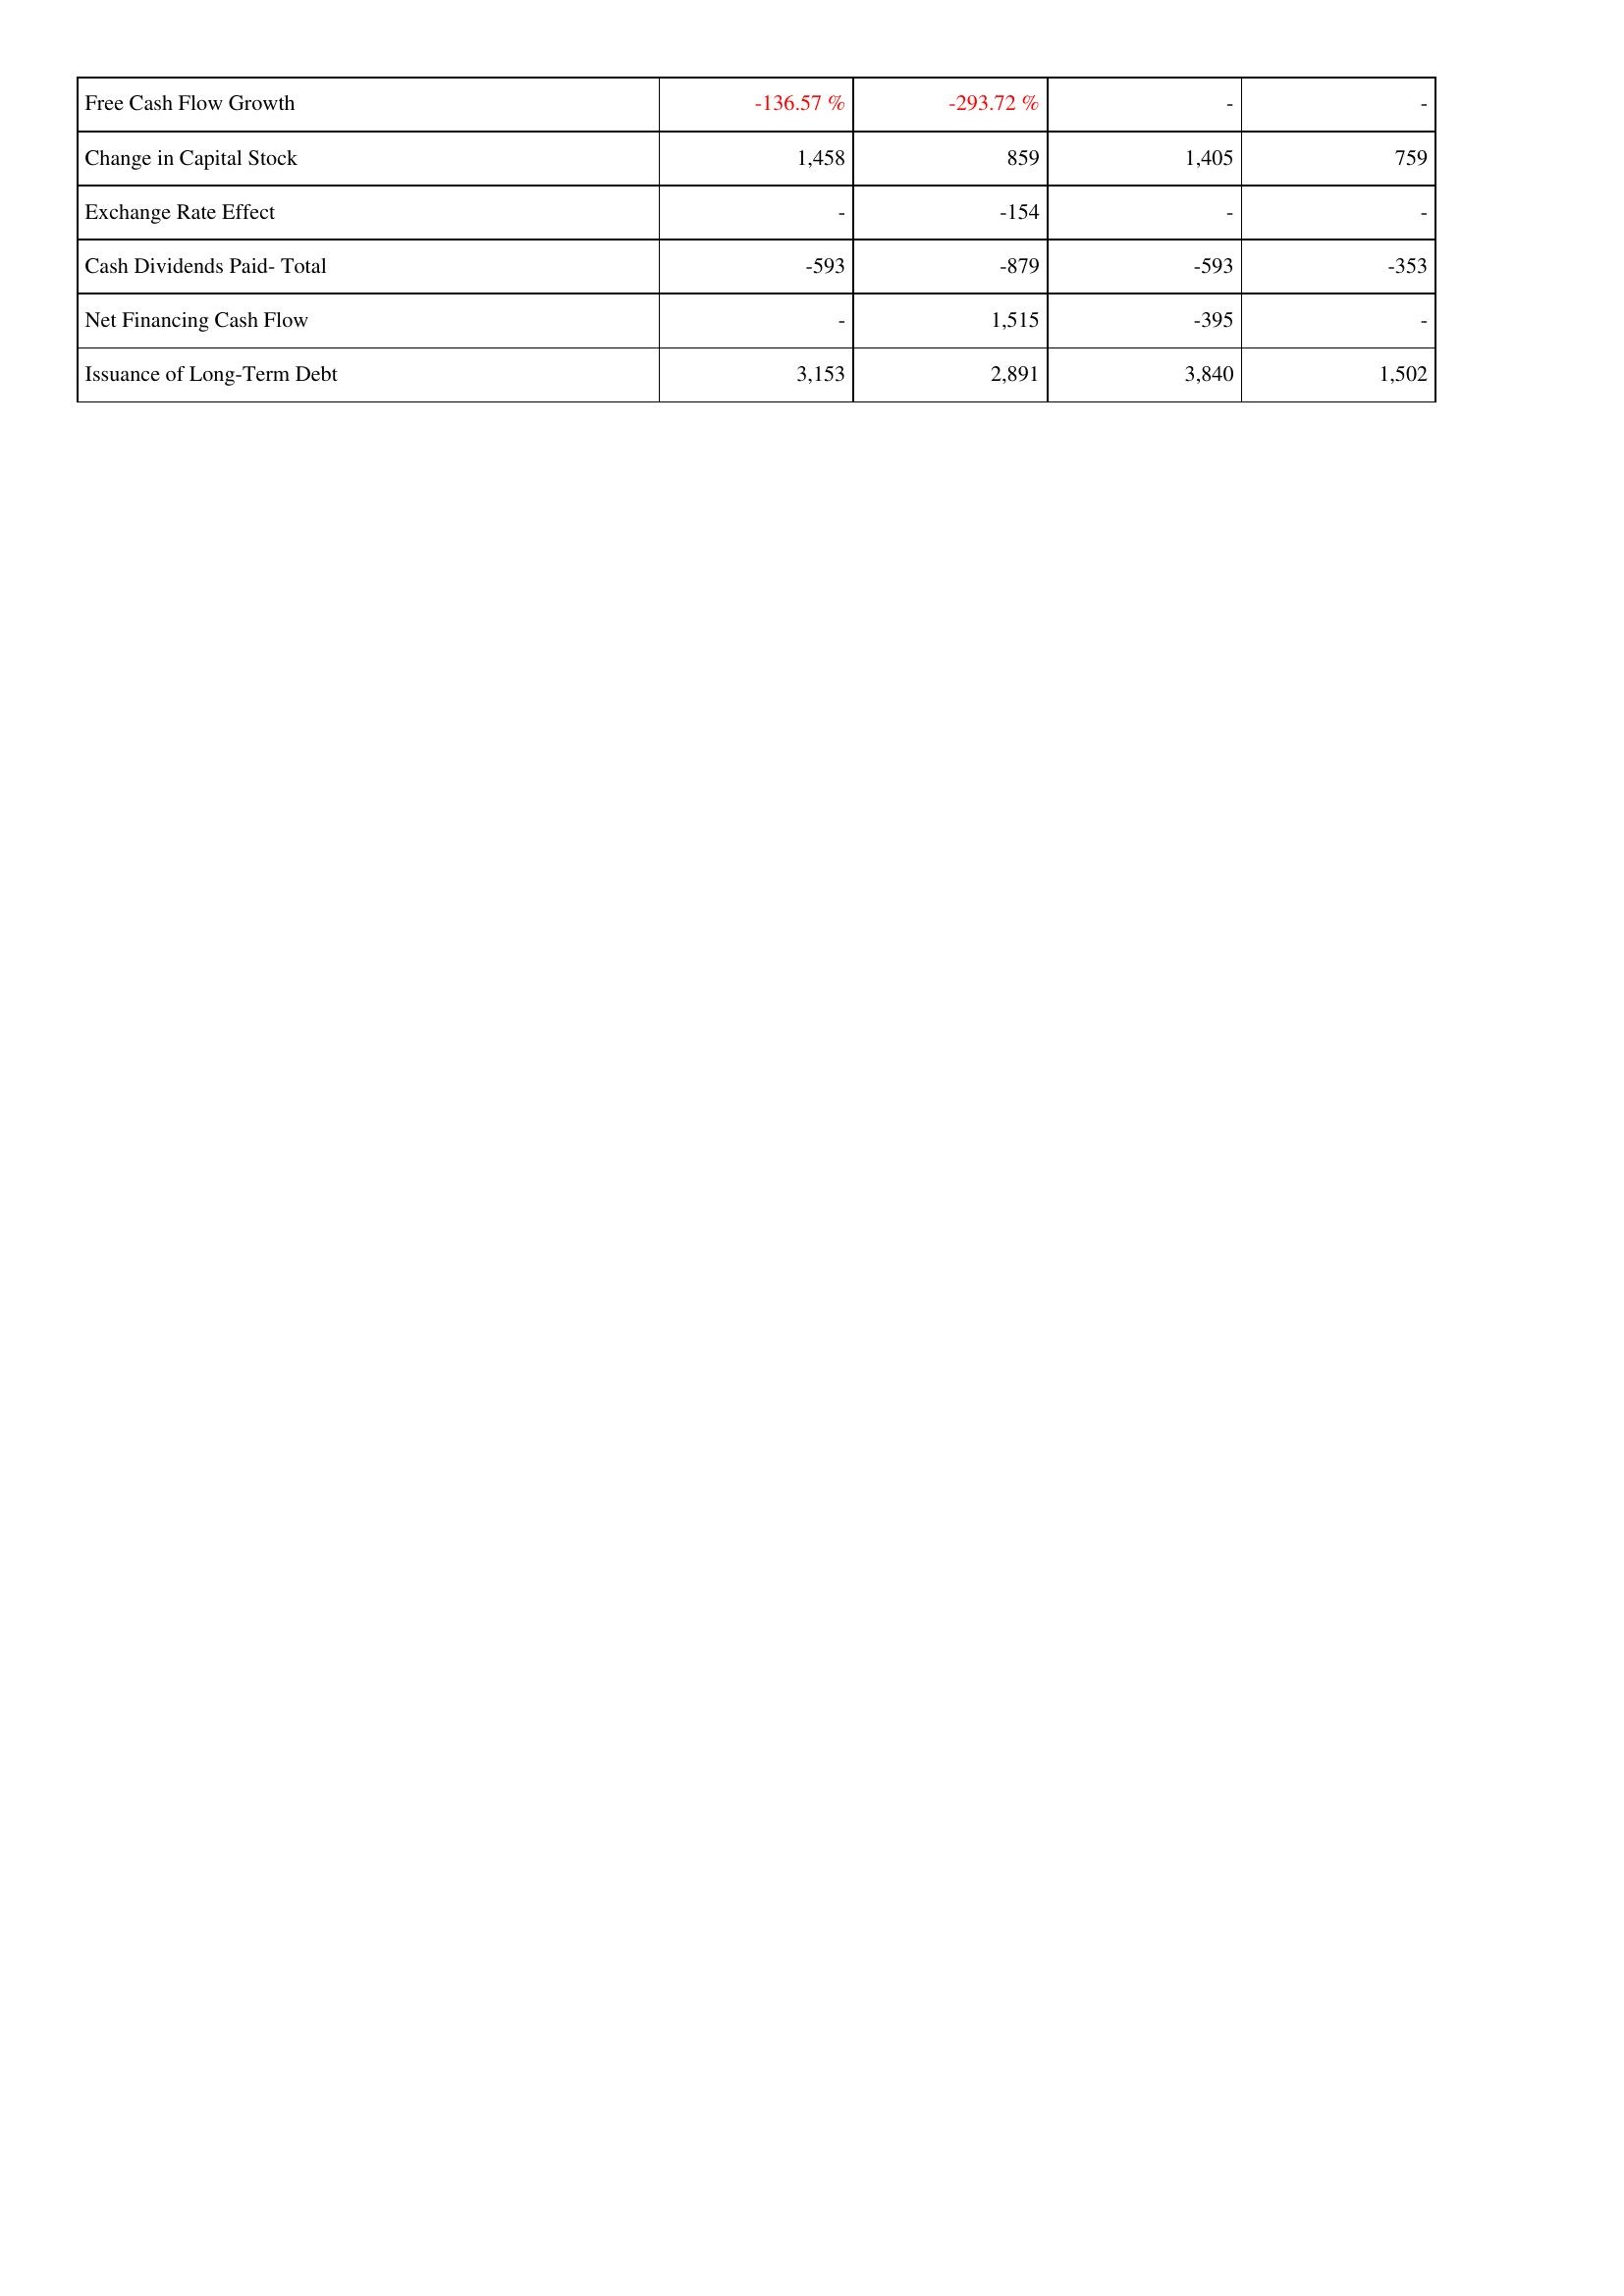
2010: Financing Activities: Free Cash Flow Growth: -136.57 %
Change in Capital Stock: 1,458
Exchange Rate Effect: -
Cash Dividends Paid- Total: -593
Net Financing Cash Flow: -
Issuance of Long-Term Debt: 3,153
2011: Financing Activities: Free Cash Flow Growth: -293.72 %
Change in Capital Stock: 859
Exchange Rate Effect: -154
Cash Dividends Paid- Total: -879
Net Financing Cash Flow: 1,515
Issuance of Long-Term Debt: 2,891
2012: Financing Activities: Free Cash Flow Growth: -
Change in Capital Stock: 1,405
Exchange Rate Effect: -
Cash Dividends Paid- Total: -593
Net Financing Cash Flow: -395
Issuance of Long-Term Debt: 3,840
2013: Financing Activities: Free Cash Flow Growth: -
Change in Capital Stock: 759
Exchange Rate Effect: -
Cash Dividends Paid- Total: -353
Net Financing Cash Flow: -
Issuance of Long-Term Debt: 1,502